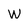
Character: w